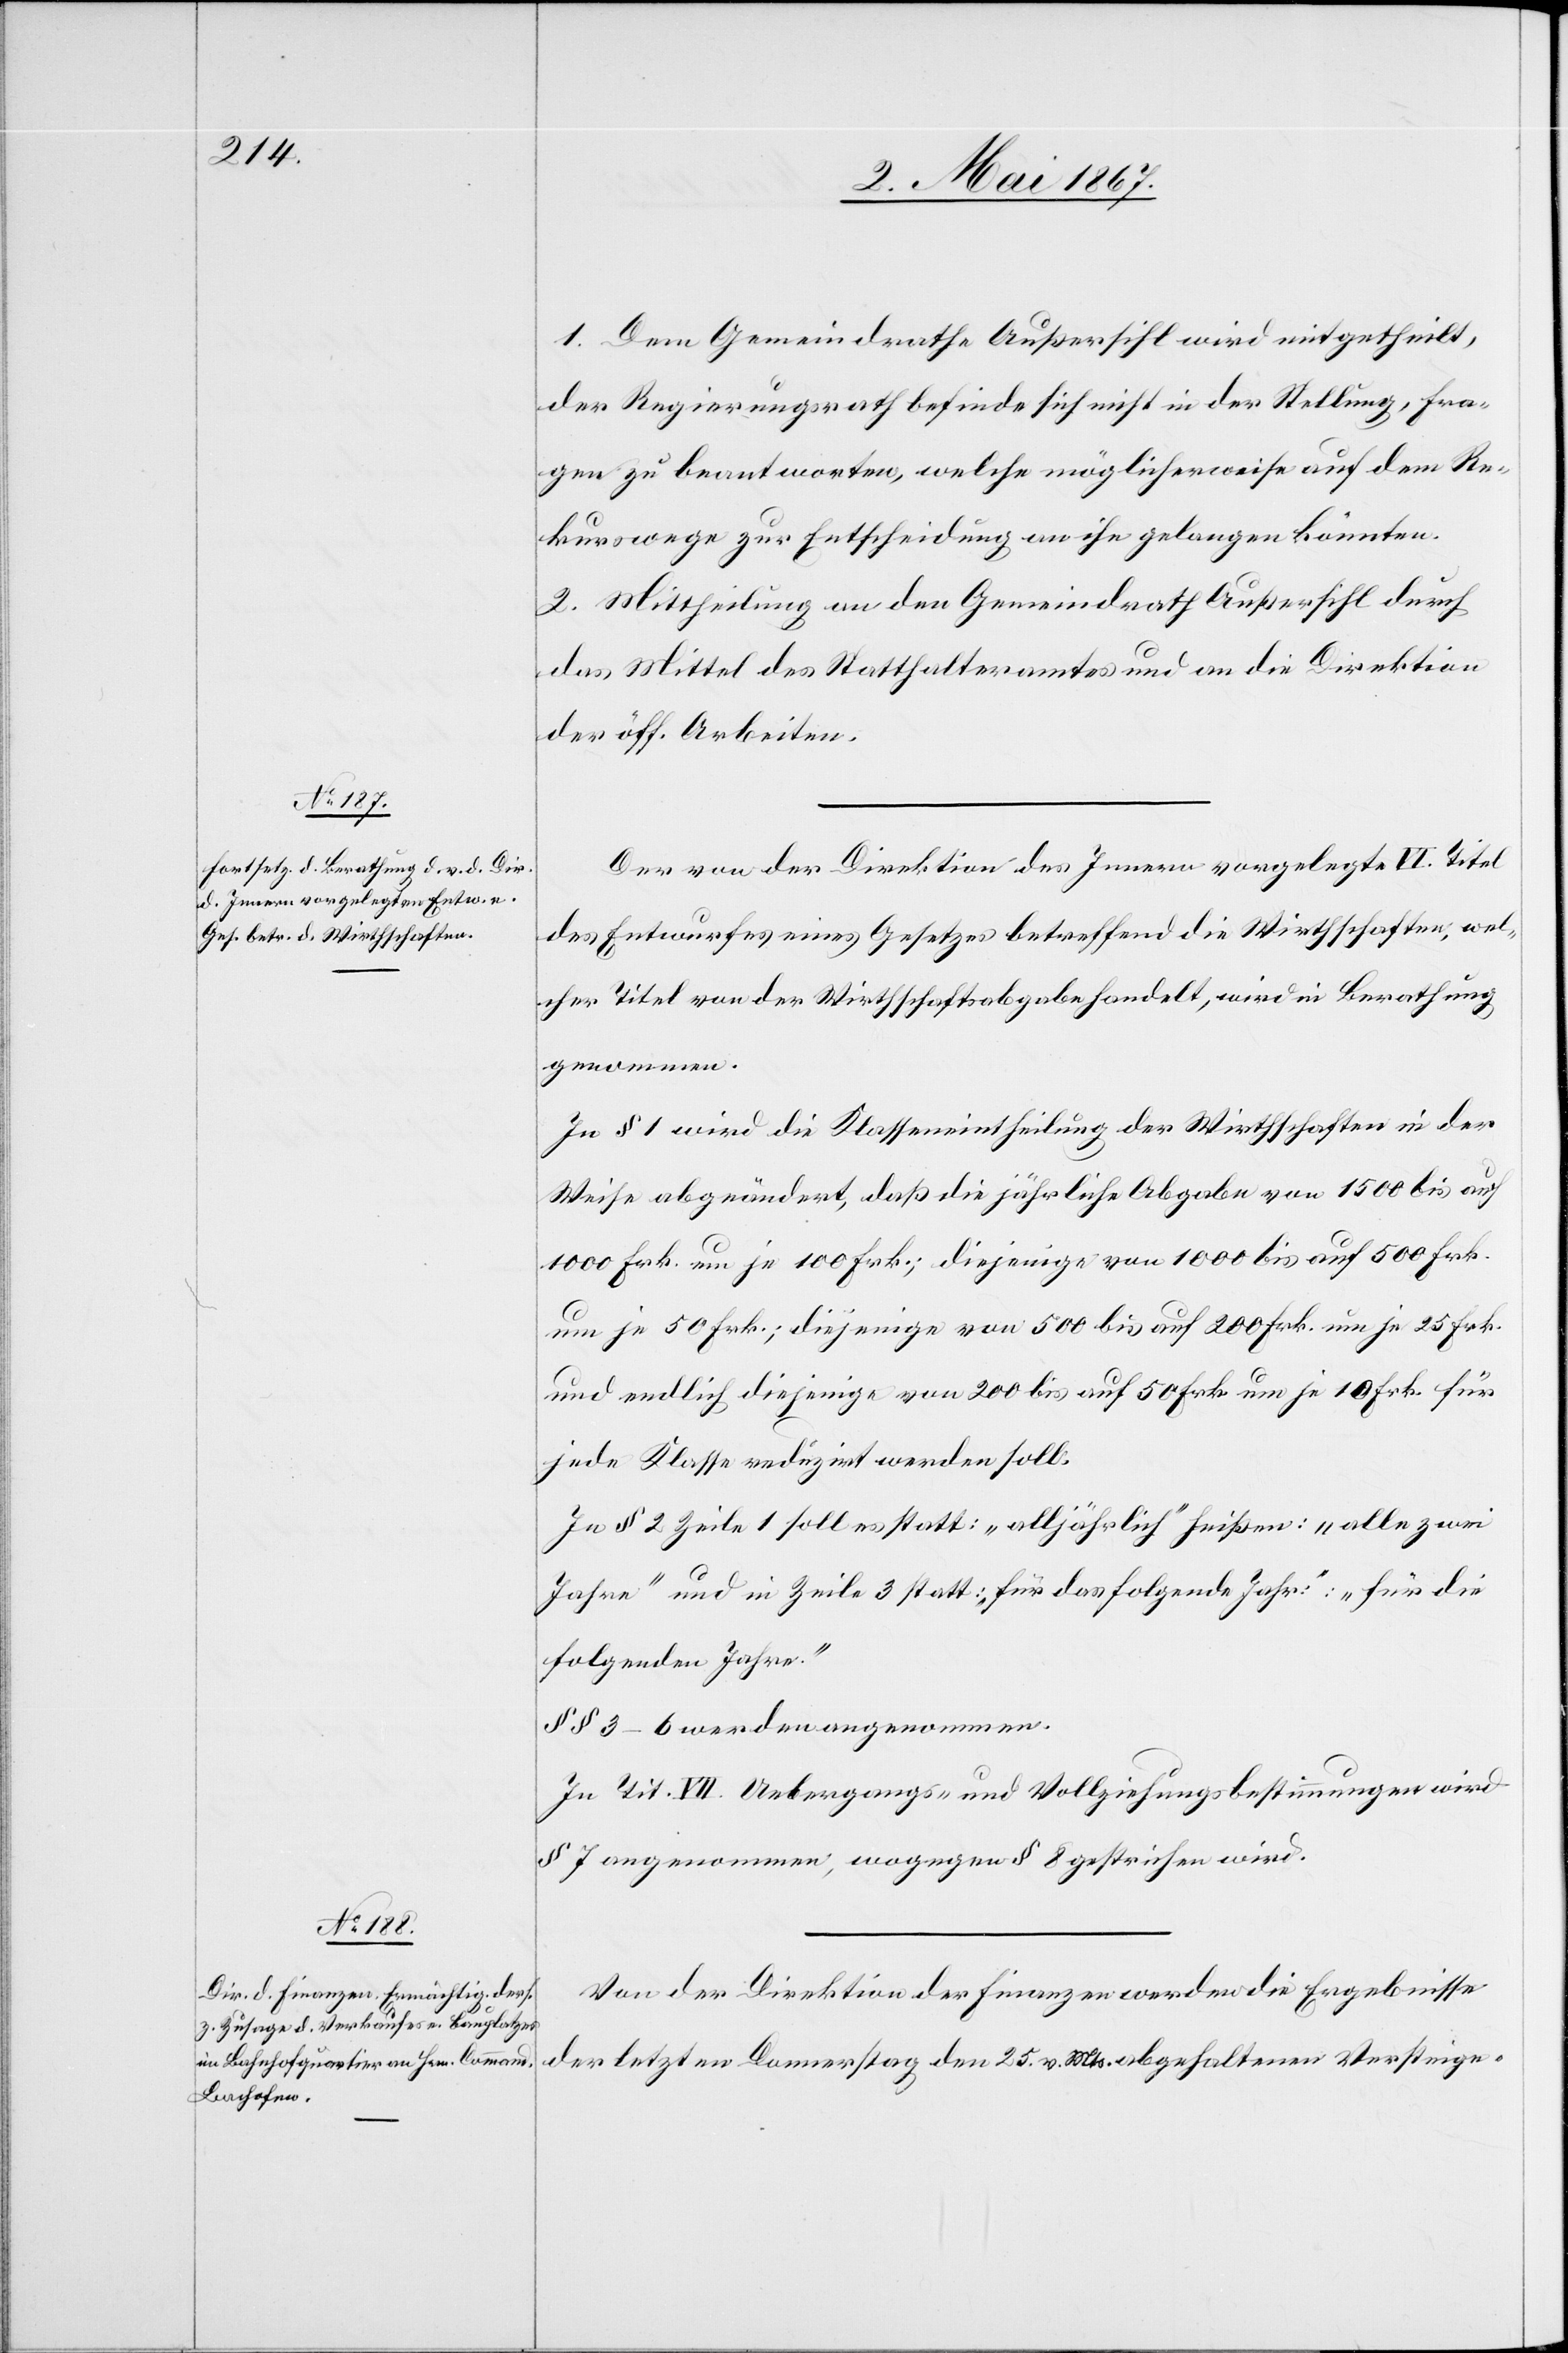
1. Dem Gemeindrathe Außersihl wird mitgetheilt,
der Regierungsrath befinde sich nicht in der Stellung, Fra¬
gen zu beantworten, welche möglicherweise auf dem Re¬
kurswege zur Entscheidung an ihn gelangen könnten.
2. Mittheilung an den Gemeindrath Außersihl durch
das Mittel des Statthalteramtes und an die Direktion
der öff. Arbeiten.
Der von der Direktion des Innern vorgelegte VI. Titel
des Entwurfes eines Gesetzes betreffend die Wirthschaften, wel¬
cher Titel von der Wirthschaftsabgabe handelt, wird in Berathung
genommen.
In § 1 wird die Klasseneintheilung der Wirthschaften in der
Weise abgeändert, daß die jährliche Abgabe von 1500 bis auf
1000 Frk. um je 100 Frk.; diejenige von 1000 bis auf 500 Frk.
um je 50 Frk.; diejenige von 500 bis auf 200 Frk. um je 25 Frk.
und endlich diejenige von 200 bis auf 50 Frk. um je 10 Frk. für
jede Klasse reduzirt werden soll.
In § 2 Zeile 1 soll es statt: „alljährlich“ heißen: „Alle zwei
Jahre“ und in Zeile 3 statt. „für das folgende Jahr“: „für die
folgenden Jahre.“
§§ 3–6 werden angenommen.
In Tit VII. Uebergangs- und Vollziehungsbestimmungen wird
§ 7 angenommen, wogegen § 8 gestrichen wird.
Von der Direktion der Finanzen werden die Ergebnisse
der letzten Donnerstag den 25. v. Mts. abgehaltenen Versteige-